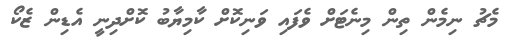
މެޗު ނިމެން ތިން މިނެޓަށް ވެފައި ވަނިކޮށް ކާމިޔާބު ކޮށްދިނީ އެޑިން ޒެކޯ